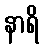
နာရိ